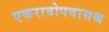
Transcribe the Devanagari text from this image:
एकरात्रोपवासश्च